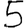
Digit: 5